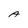
Character: A